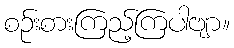
စဉ်းစားကြည့်ကြပါဗျာ။